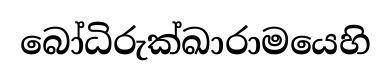
බෝධිරුක්ඛාරාමයෙහි